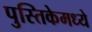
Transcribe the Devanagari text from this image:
पुस्तिकेमध्ये